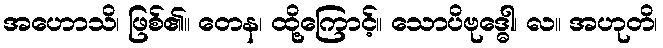
အဟောသိ၊ ဖြစ်၏။ တေန၊ ထို့ကြောင့်။ သောပိဗုဒ္ဓေါ၊ လ။ အဟုတိ၊